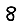
Digit: 8